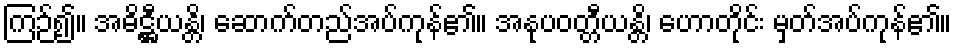
ကြဉ်၍။ အဓိဋ္ဌီယန္တိ၊ ဆောက်တည်အပ်ကုန်၏။ အနုပဝတ္တီယန္တိ၊ ဟောတိုင်း မှတ်အပ်ကုန်၏။